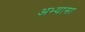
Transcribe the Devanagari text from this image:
अभ्यासा